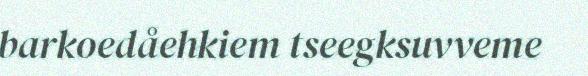
barkoedåehkiem tseegksuvveme